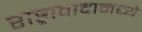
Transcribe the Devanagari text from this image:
राष्ट्रावादामध्ये